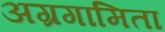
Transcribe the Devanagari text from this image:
अग्रगामिता